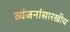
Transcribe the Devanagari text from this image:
व्यंजनांसारखीच